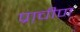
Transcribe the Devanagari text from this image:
प्रा़चीण